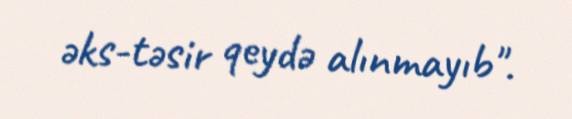
əks-təsir qeydə alınmayıb".